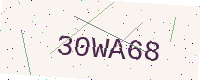
Text: 30WA68